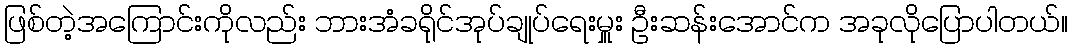
ဖြစ်တဲ့အကြောင်းကိုလည်း ဘားအံခရိုင်အုပ်ချုပ်ရေးမှူး ဦးဆန်းအောင်က အခုလိုပြောပါတယ်။